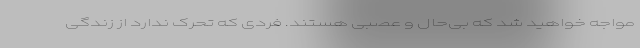
مواجه خواهید شد که بی‌حال و عصبی هستند. فردی که تحرک ندارد از زندگی